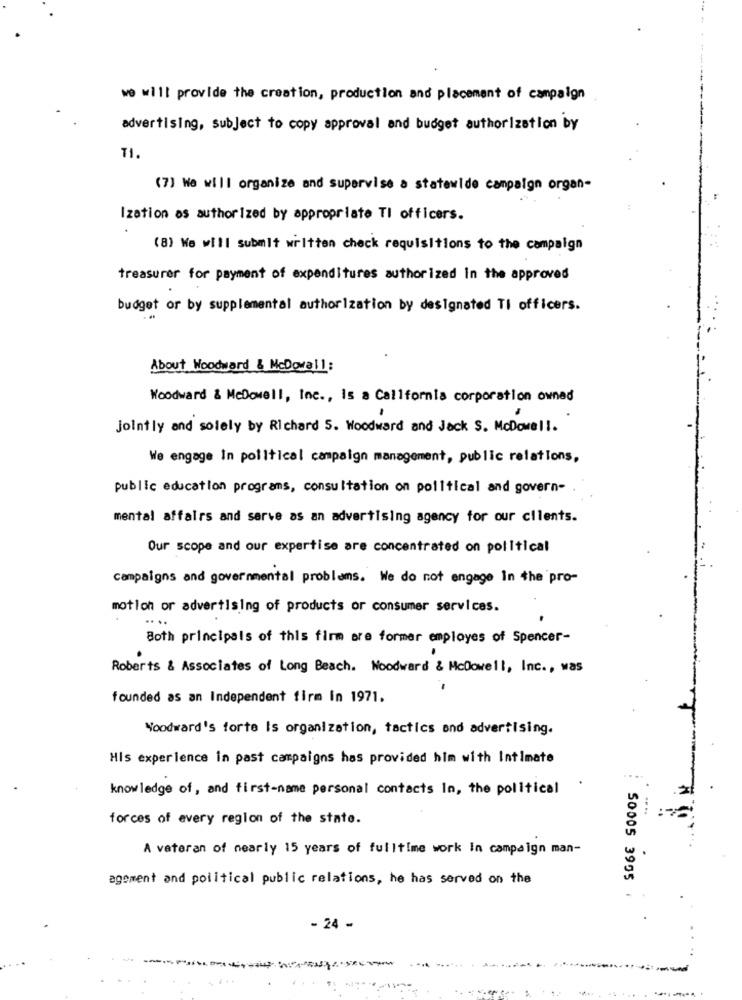
we will provide the creation, production and placement of campaign
advertising, subject to copy approval and budget authorization by
71.
(7] We will organize and supervise a statewide campaign organ-
Ization as authorized by appropriate TI officers.
(8) We will submit written check requisitions to the campaign
treasurer for payment of expenditures authorized In the approved
budget or by supplemental authorization by designated Ti officers.
About Woodward & McDowall:
Woodward & McDowell, Inc ., Is a California corporation owned
jointly and solely by Richard 5. Woodward and Jack S. McDowell.
We engage In political campaign management, public relations,
public education programs, consultation on political and govern-
mental affairs and serve as an advertising agency for our cilents.
Our scope and our expertise are concentrated on political
campaigns and governmental problems. We do not engage in the pro-
motion or advertising of products or consumer services.
...
Both principals of this firm are former employes of Spencer-
Roberts & Associates of Long Beach. Woodward & McDowell, Inc ., was
founded as an Independent firm in 1971.
Woodward's forte Is organization, tactics and advertising.
His experience in past campaigns has provided him with Intimate
knowledge of, and first-name personal contacts In, the political
forces of every region of the state.
A veteran of nearly 15 years of fulltime work in campaign man-
agoment and political public relations, he has served on the
50005 3995
- 24 -